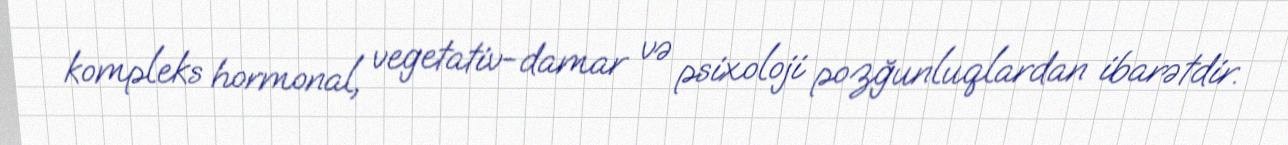
kompleks hormonal, vegetativ-damar və psixoloji pozğunluqlardan ibarətdir.